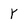
Character: Y